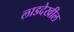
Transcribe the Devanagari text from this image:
लाडदेखील